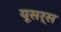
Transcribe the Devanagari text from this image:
यूसर्स